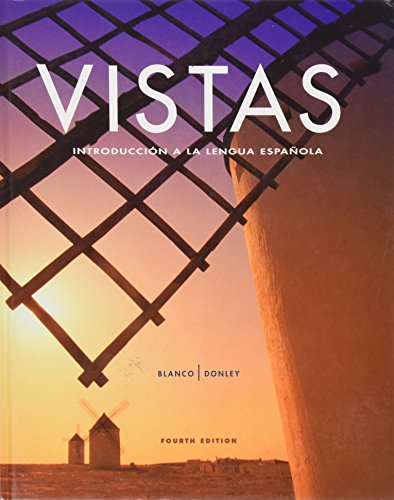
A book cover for Vistas: IntroduccioÌEn a La Lengua Espanola, Student Edition, 4th Edition; Arts & Photography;